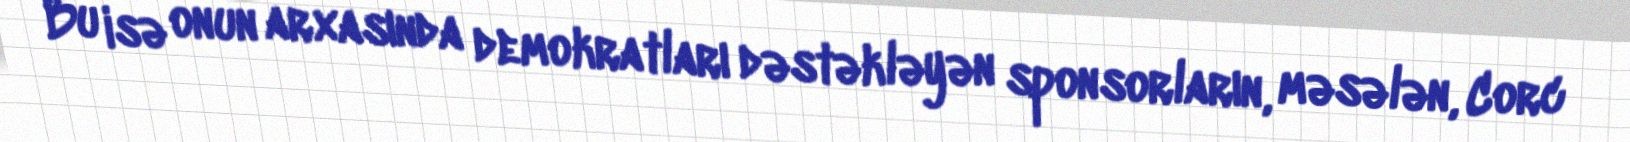
Bu isə onun arxasında demokratları dəstəkləyən sponsorların, məsələn, Corc